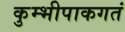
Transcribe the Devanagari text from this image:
कुम्भीपाकगतं